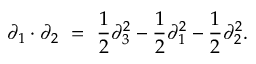
\partial _ { 1 } \cdot \partial _ { 2 } \ = \ \frac { 1 } { 2 } \partial _ { 3 } ^ { 2 } - \frac { 1 } { 2 } \partial _ { 1 } ^ { 2 } - \frac { 1 } { 2 } \partial _ { 2 } ^ { 2 } .